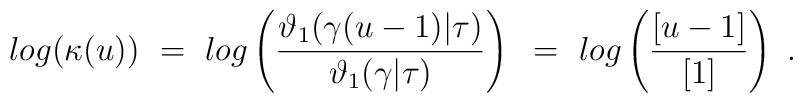
log(\kappa(u)) ~=~ log \left( {\vartheta_1 (\gamma (u-1) |\tau ) \over \vartheta_1 (\gamma |  \tau )} \right) ~=~ log \left( {[u - 1] \over [1] } \right) \ .